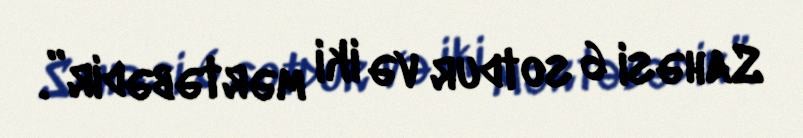
Sahəsi 6 sotdur və iki mərtəbədir”.